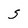
Character: S